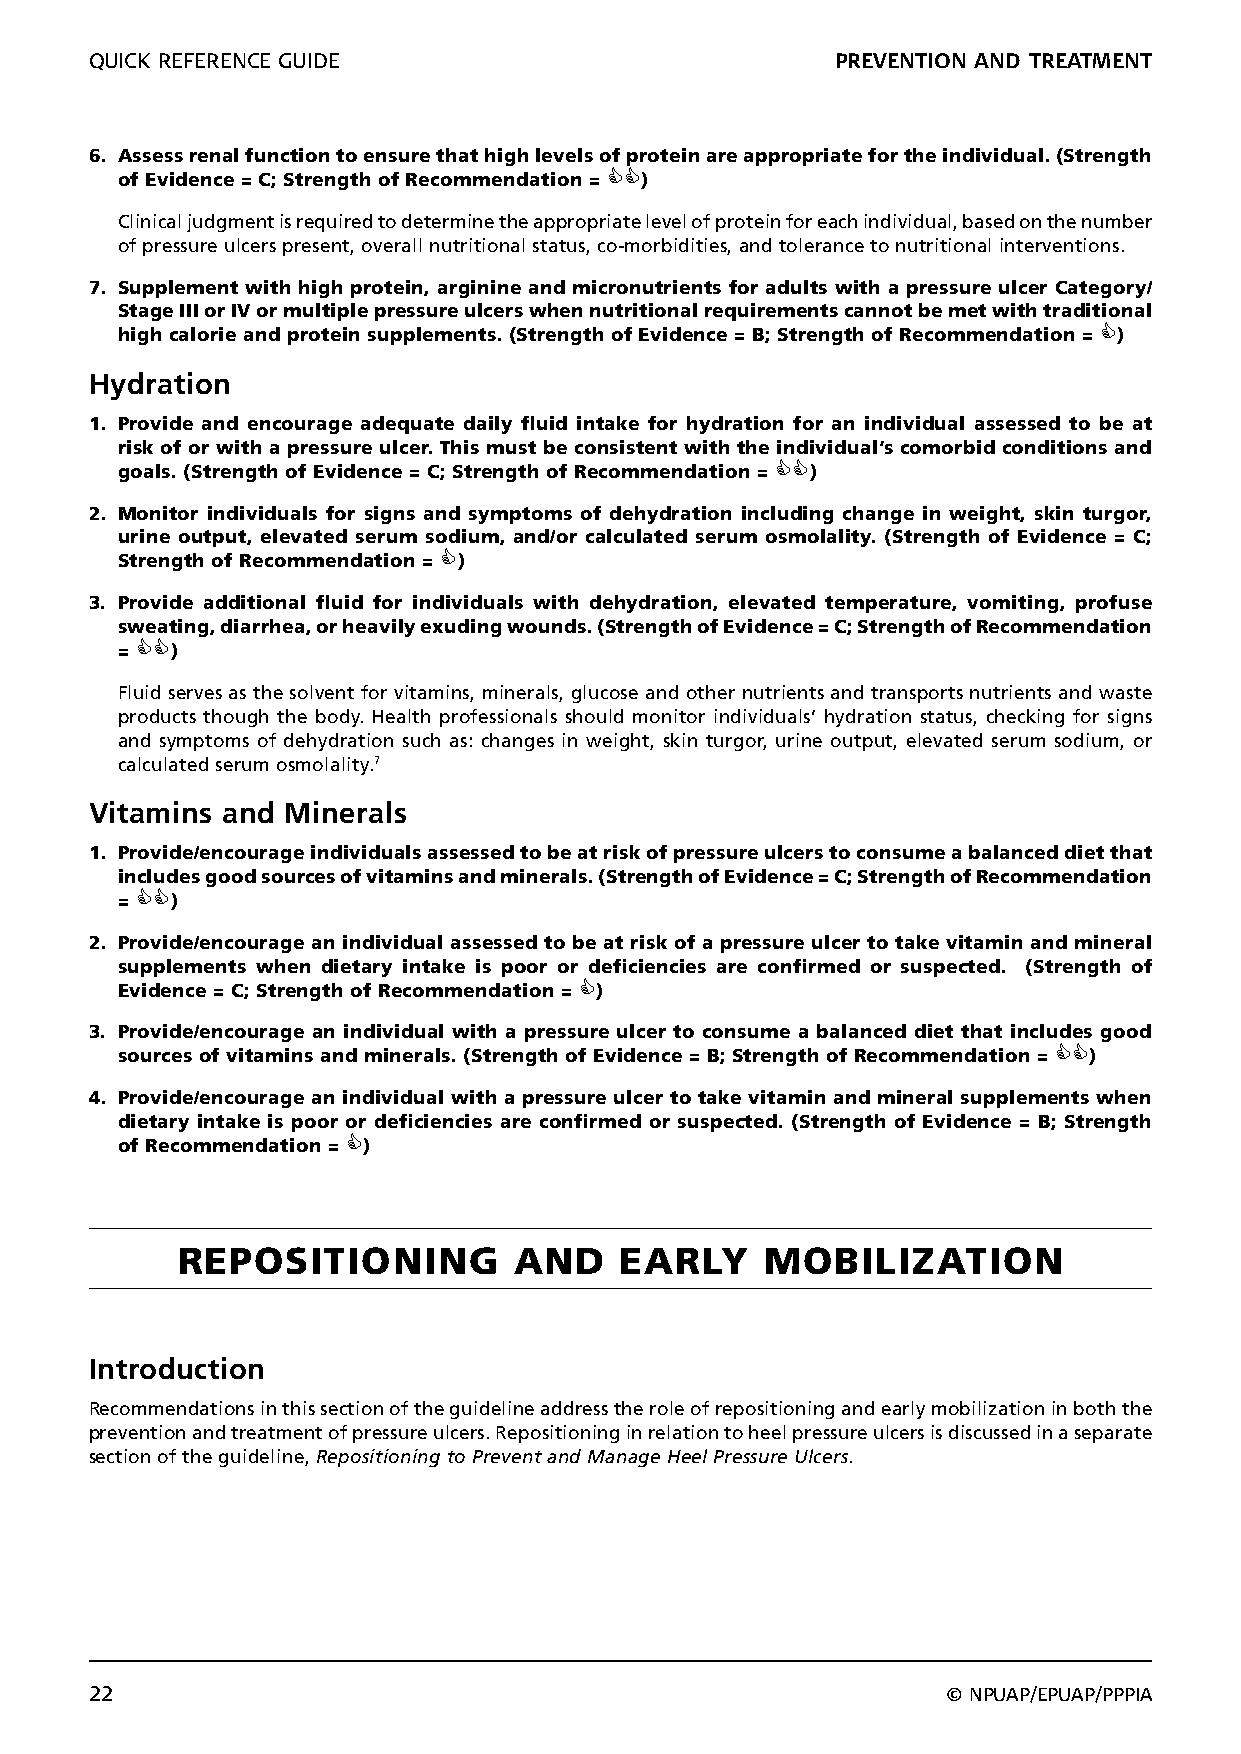
QUICK REFERENCE GUIDE                            PREVENTION AND TREATMENT
 6. Assess renal function to ensure that high levels of protein are appropriate for the individual. (Strength
 of Evidence = C; Strength of Recommendation = )
 Clinical judgment is required to determine the appropriate level of protein for each individual, based on the number
 of pressure ulcers present, overall nutritional status, co-morbidities, and tolerance to nutritional interventions.
 7. Supplement with high protein, arginine and micronutrients for adults with a pressure ulcer Category/
 Stage III or IV or multiple pressure ulcers when nutritional requirements cannot be met with traditional
 high calorie and protein supplements. (Strength of Evidence = B; Strength of Recommendation = )
 Hydration
 1. Provide and encourage adequate daily fluid intake for hydration for an individual assessed to be at
 risk of or with a pressure ulcer. This must be consistent with the individual’s comorbid conditions and
 goals. (Strength of Evidence = C; Strength of Recommendation = )
 2. Monitor individuals for signs and symptoms of dehydration including change in weight, skin turgor,
 urine output, elevated serum sodium, and/or calculated serum osmolality. (Strength of Evidence = C;
 Strength of Recommendation = )
 3. Provide additional fluid for individuals with dehydration, elevated temperature, vomiting, profuse
 sweating, diarrhea, or heavily exuding wounds. (Strength of Evidence = C; Strength of Recommendation
 = )
 Fluid serves as the solvent for vitamins, minerals, glucose and other nutrients and transports nutrients and waste
 products though the body. Health professionals should monitor individuals’ hydration status, checking for signs
 and symptoms of dehydration such as: changes in weight, skin turgor, urine output, elevated serum sodium, or
 calculated serum osmolality.7
 Vitamins and Minerals
 1. Provide/encourage individuals assessed to be at risk of pressure ulcers to consume a balanced diet that
 includes good sources of vitamins and minerals. (Strength of Evidence = C; Strength of Recommendation
 = )
 2. Provide/encourage an individual assessed to be at risk of a pressure ulcer to take vitamin and mineral
 supplements when dietary intake is poor or deficiencies are confirmed or suspected. (Strength of
 Evidence = C; Strength of Recommendation = )
 3. Provide/encourage an individual with a pressure ulcer to consume a balanced diet that includes good
 sources of vitamins and minerals. (Strength of Evidence = B; Strength of Recommendation = )
 4. Provide/encourage an individual with a pressure ulcer to take vitamin and mineral supplements when
 dietary intake is poor or deficiencies are confirmed or suspected. (Strength of Evidence = B; Strength
 of Recommendation = )
 REPOSITIONING         AND    EARLY     MOBILIZATION
 Introduction
 Recommendations in this section of the guideline address the role of repositioning and early mobilization in both the
 prevention and treatment of pressure ulcers. Repositioning in relation to heel pressure ulcers is discussed in a separate
 section of the guideline, Repositioning to Prevent and Manage Heel Pressure Ulcers.
 22                                                       © NPUAP/EPUAP/PPPIA